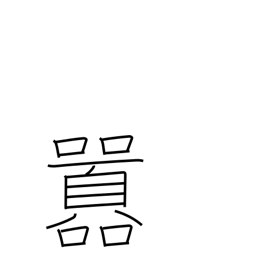
Meaning: noisy